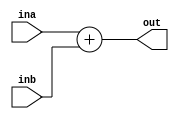
`timescale 1ns / 1ps
//////////////////////////////////////////////////////////////////////////////////
// Company: 
// Engineer: 
// 
// Design Name: 
// Module Name: adder
// Project Name: 
// Target Devices: 
// Tool Versions: 
// Description: 
// 
// Dependencies: 
// 
// Revision:
// Revision 0.01 - File Created
// Additional Comments:
// 
//////////////////////////////////////////////////////////////////////////////////


module adder(
    input [31:0] ina,
    input [31:0] inb,
    output reg [31:0] out
    );
    
    always @(ina or inb) begin
        out = ina + inb;
    end
endmodule